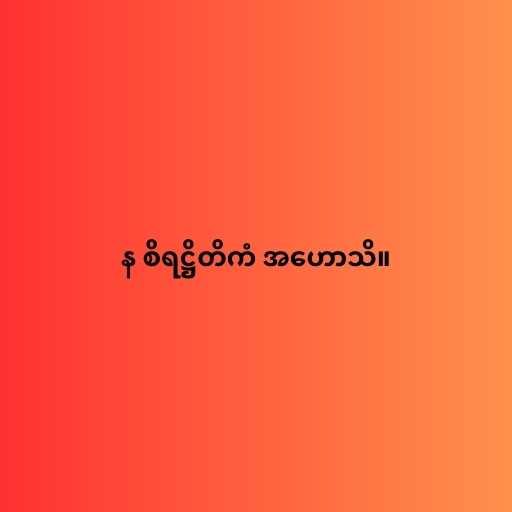
န စိရဋ္ဌိတိကံ အဟောသိ။